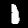
Digit: 1